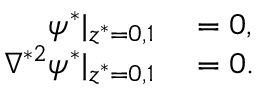
\begin{array} { r l } { \psi ^ { * } | _ { z ^ { * } = 0 , 1 } } & { { } = 0 , } \\ { \nabla ^ { * 2 } \psi ^ { * } | _ { z ^ { * } = 0 , 1 } } & { { } = 0 . } \end{array}